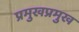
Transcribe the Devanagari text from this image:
प्रमुखप्रमुख